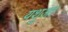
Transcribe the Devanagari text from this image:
यशुआ